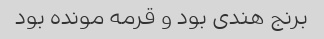
برنج هندی بود و قرمه مونده بود